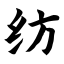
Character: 纺